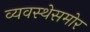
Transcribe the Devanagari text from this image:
व्यवस्थेसमोर